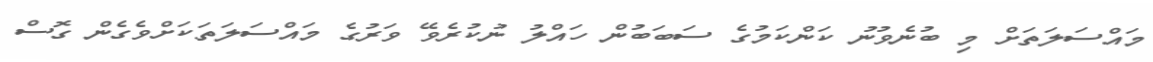
މައްސަލަތަށް މި ބުނެވުނު ކަންކަމުގެ ސަބަބުން ހައްލު ނުކުރެވޭ ވަރުގެ މައްސަލަތަކަށްވެގެން ގޮސް